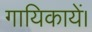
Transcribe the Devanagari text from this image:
गायिकायें।